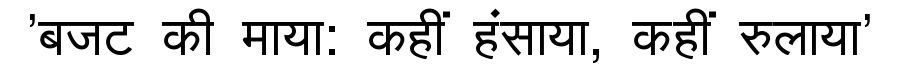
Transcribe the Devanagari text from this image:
'बजट की माया: कहीं हंसाया, कहीं रुलाया'